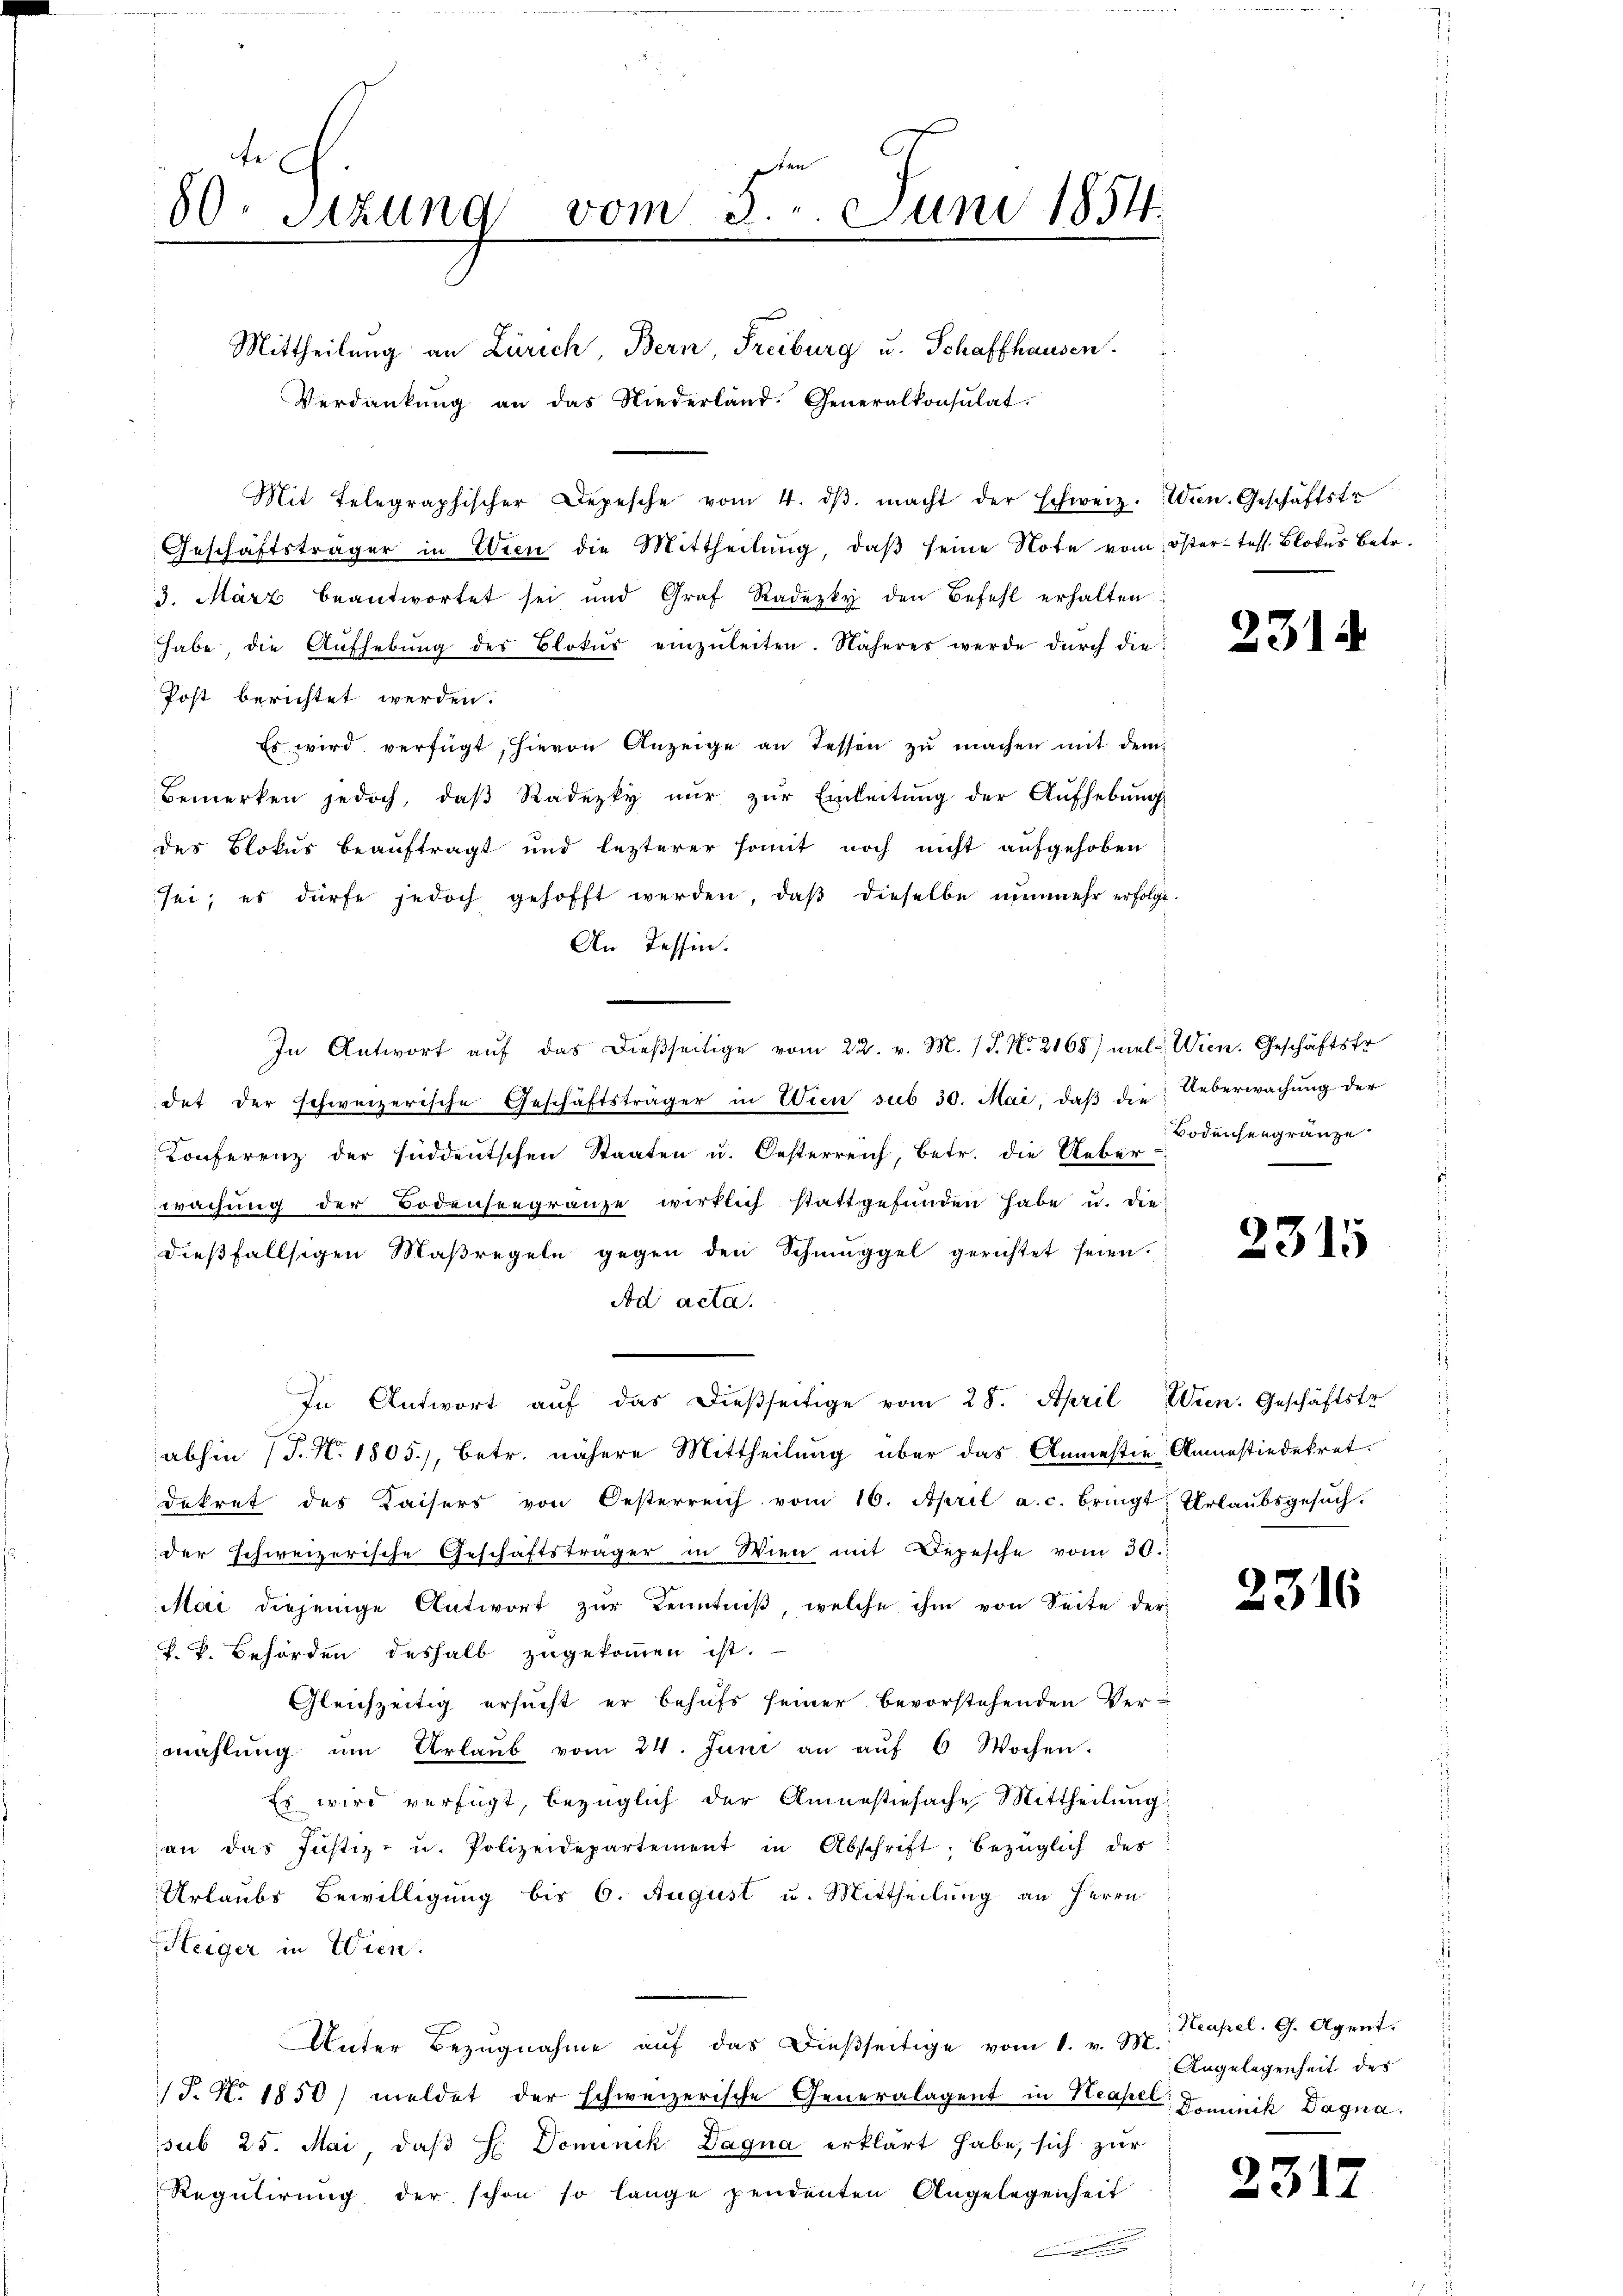
te
80. Sitzung vom 5. Juni 1854
.

Mittheilung an Zürich, Bern, Freiburg u. Schaffhausen.
Verdankŭng an das Niederland. Generalkonsulat
Mit Telegraphischer Depesche vom 4. dβ. macht der schweiz. Wien. Geschäftstr
Geschäftsträger in Wien die Mittheilŭng, daβ seine Note vom öster tess. Blotus Betr.
3. März beantwortet sei und Graf Radezky den Befehl erhalten
habe die Aŭfhebŭng des Blokŭr einzŭleiten. Näheres werde dŭrch die
Post berichtet werden.
Es wird verfügt, hievon Anzeige an Tessen zŭ machen mit dem
bemerken jedoch, daβ Radezky nŭr zŭr Einleitŭng der Aŭfhebŭng
des Blokus beauftragt und lezterer somit noch nicht aufgehoben
sei; es dürfe jedoch gehofft werden, daβ dieselbe nunmehr erfolge.
An Tessin.
In Antwort aŭf das dießseitige vom 22. v. M. P. Nr. 2165) mel-Wien. Geschäftsfr
det der schweizerische Geschäftsträger in Wien sub 30. Mai, daβ die Ueberwachung der
Konferenz der süddeutschen Staaten u. Oesterreich, betr. die Ueber-
wachŭng der Bodenseegränze wirklich stattgefŭnden habe u. die
dießfallsigen Maßregeln gegen den Schmuggel gerichtet seien.
Ad acta.
In Antwort aŭf das dießseitige vom 28. April Wien. Geschäftstr
abhin (T. N. 1805), betr. nähere Mittheilung über das Anmestie Anastiedekret.
dekret des Kaisers von Oesterreich vom 16. April a. c. bringt: Urlaŭbsgesŭch.
der schweizerische Geschäftsträger in Wien mit Depesche vom 30.
Mai diejenige Antwort zur Kenntniß, welche ihm von Seite der
F. k. Behörden deshalb zugekommen ist.
Gleichzeitig ersucht er behufs seiner bevorstehenden Ver-
mahlŭng ŭm Urlaŭb vom 24. Juni an aŭf 6 Wochen.
Es wird verfügt, bezüglich der Amnestiesache Mittheilung
an das Justiz- u. Polizeidepartement in Abschrift, bezüglich des
Urlaubs Bewilligung bis 6. August u. Mittheilung an Herrn
HHeiger in Wien.
Unter Bezugnahme auf das dießseitige vom 1. v. M.
/J. N. 1850 meldet der schweizerische Generalagent in Neapel Dominik Dagna
sub 25. Mai, daß H. Dominik Dagna erklärt habe, sich zur
Regulirung der schon so lange pendenten Angelegenheit

2314

Bodensengränze

2315

2316

Neusel. G. Agent.
Angelegenheit des

2312